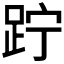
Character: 𨀉